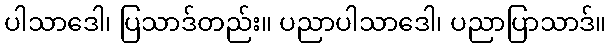
ပါသာဒေါ၊ ပြသာဒ်တည်း။ ပညာပါသာဒေါ၊ ပညာပြာသာဒ်။